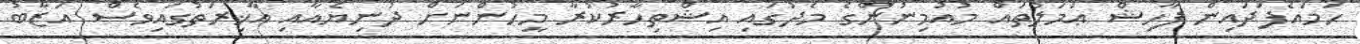
ހަމައެފަދައިން ފާހިޝް ޢަމަލުތައް މުއުމިނުންގެ މެދުގައި އިޝްތިހާރުކުރާ މީހުންނަށް ދުނިޔެއާއި އާޚިރަތުގައިވެސް އަޒާބު